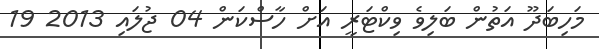
މަހިބަދޫ އަތުން ބަލިވެ ވިކްޓަރީ އަށް ހާސްކަން 04 ޖުލައި 2013 19